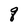
Character: q